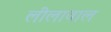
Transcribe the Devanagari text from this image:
लीलावाल